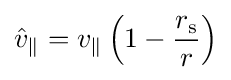
{\hat {v}}_{\parallel }=v_{\parallel }\left(1-{\frac {r_{\text{s}}}{r}}\right)